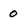
Character: 0